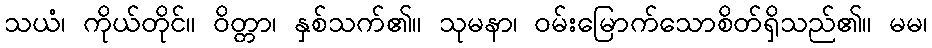
သယံ၊ ကိုယ်တိုင်။ ဝိတ္တာ၊ နှစ်သက်၏။ သုမနာ၊ ဝမ်းမြောက်သောစိတ်ရှိသည်၏။ မမ၊